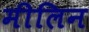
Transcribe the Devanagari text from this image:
मीलिन